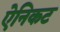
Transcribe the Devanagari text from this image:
ऐनिकट